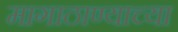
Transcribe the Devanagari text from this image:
मागाठाण्याच्या